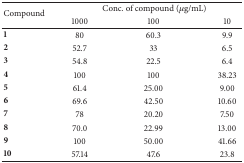
<table><thead><tr><td rowspan="2"><b>Compound</b></td><td colspan="3"><b>Conc. of compound (<i>μ</i>g/mL)</b></td></tr><tr><td><b>1000</b></td><td><b>100</b></td><td><b>10</b></td></tr></thead><tbody><tr><td><b>1</b></td><td>80</td><td>60.3</td><td>9.9</td></tr><tr><td><b>2</b></td><td>52.7</td><td>33</td><td>6.5</td></tr><tr><td><b>3</b></td><td>54.8</td><td>22.5</td><td>6.4</td></tr><tr><td><b>4</b></td><td>100</td><td>100</td><td>38.23</td></tr><tr><td><b>5</b></td><td>61.4</td><td>25.00</td><td>9.00</td></tr><tr><td><b>6</b></td><td>69.6</td><td>42.50</td><td>10.60</td></tr><tr><td><b>7</b></td><td>78</td><td>20.20</td><td>7.50</td></tr><tr><td><b>8</b></td><td>70.0</td><td>22.99</td><td>13.00</td></tr><tr><td><b>9</b></td><td>100</td><td>50.00</td><td>41.66</td></tr><tr><td><b>10</b></td><td>57.14</td><td>47.6</td><td>23.8</td></tr></tbody></table>